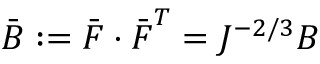
{ \bar { \boldsymbol { B } } } : = { \bar { \boldsymbol { F } } } \cdot { \bar { \boldsymbol { F } } } ^ { T } = J ^ { - 2 / 3 } { \boldsymbol { B } }